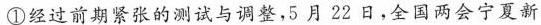
①经过前期紧张的测试与调整，5月22日，全国两会宁夏新